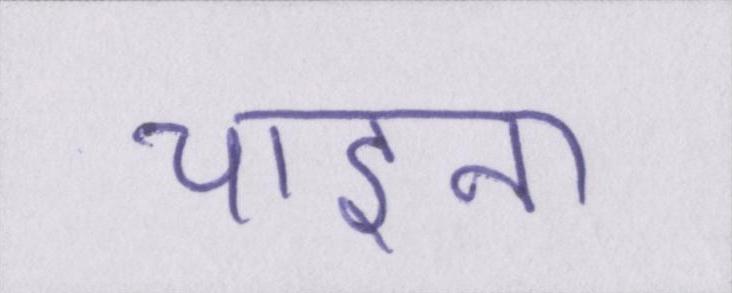
चाइना